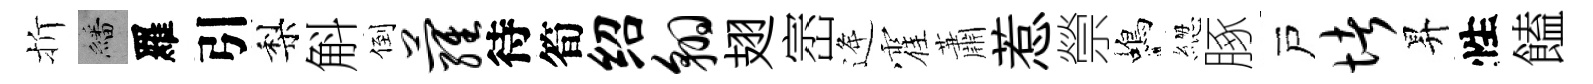
折繙羅引梨斛倒萝待筍绍翱翅崈逄霍蕭惹禜蝎緫䐁戸堵昇性饁